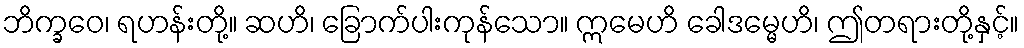
ဘိက္ခဝေ၊ ရဟန်းတို့။ ဆဟိ၊ ခြောက်ပါးကုန်သော။ ဣမေဟိ ခေါဒမ္မေဟိ၊ ဤတရားတို့နှင့်။